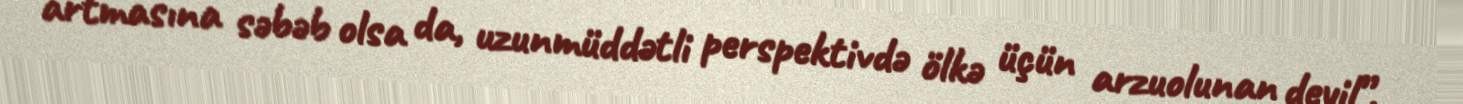
artmasına səbəb olsa da, uzunmüddətli perspektivdə ölkə üçün arzuolunan deyil”.